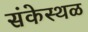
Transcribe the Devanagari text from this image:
संकेस्थळ